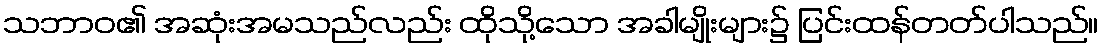
သဘာဝ၏ အဆုံးအမသည်လည်း ထိုသို့သော အခါမျိုးများ၌ ပြင်းထန်တတ်ပါသည်။